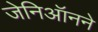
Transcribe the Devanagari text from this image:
जेनिऑनने